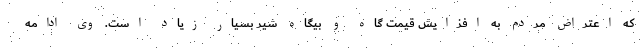
که اعتراض مردم به افزایش قیمت گاه و بیگاه شیر بسیار زیاد است. وی ادامه